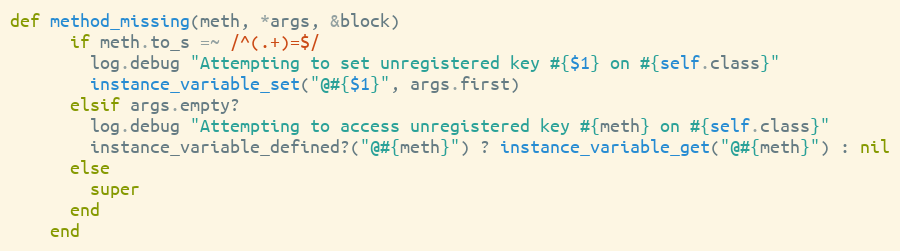
Language: Ruby
def method_missing(meth, *args, &block)
      if meth.to_s =~ /^(.+)=$/
        log.debug "Attempting to set unregistered key #{$1} on #{self.class}"
        instance_variable_set("@#{$1}", args.first)
      elsif args.empty?
        log.debug "Attempting to access unregistered key #{meth} on #{self.class}"
        instance_variable_defined?("@#{meth}") ? instance_variable_get("@#{meth}") : nil
      else
        super
      end
    end